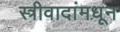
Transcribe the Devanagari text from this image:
स्त्रीवादांमधून